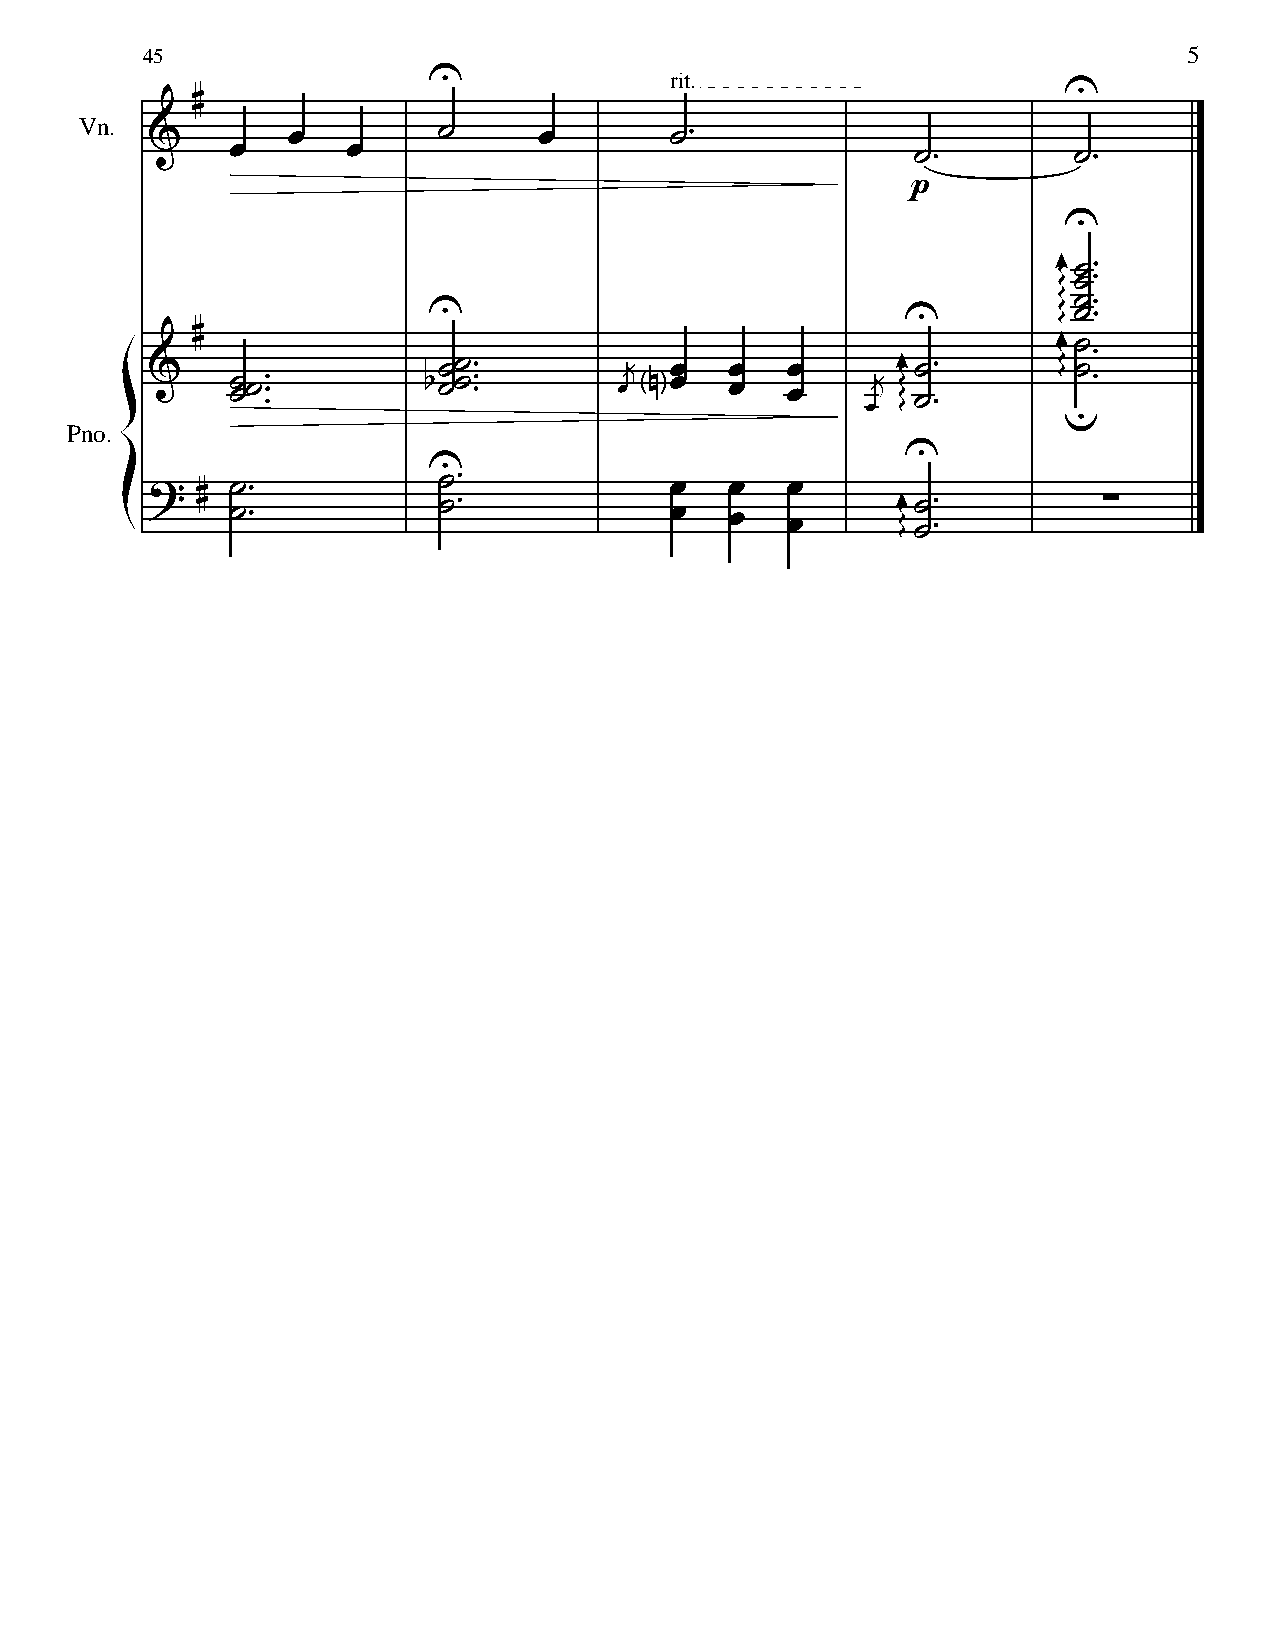
45                                                                    5
 rit.
 Vn.
 Pno.